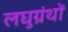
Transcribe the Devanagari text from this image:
लघुग्रंथों